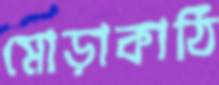
মোড়াকাঠি